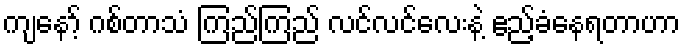
ကျနော့် ဂစ်တာသံ ကြည်ကြည် လင်လင်လေးနဲ့ ဧည့်ခံနေရတာဟာ